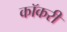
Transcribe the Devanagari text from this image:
कॉकरी